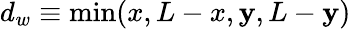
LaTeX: d_{w}\equiv\operatorname*{min}(x,L-x,\mathbf{y},L-\mathbf{y})